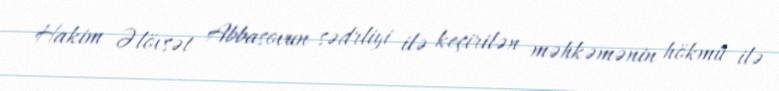
Hakim Əlövsət Abbasovun sədrliyi ilə keçirilən məhkəmənin hökmü ilə